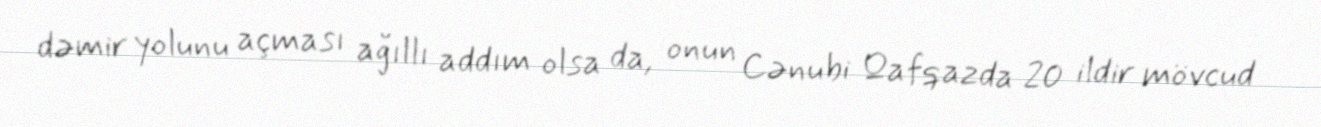
dəmir yolunu açması ağıllı addım olsa da, onun Cənubi Qafqazda 20 ildir mövcud